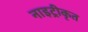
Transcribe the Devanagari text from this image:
नाइट्रीकृत